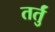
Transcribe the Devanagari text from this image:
तर्तुं